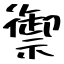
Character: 禦